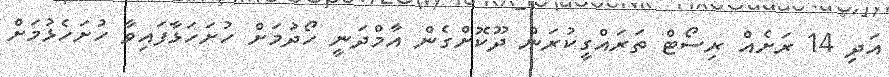
އަދި 14 ރަށެއް ރިސޯޓް ތަރައްގީކުރަން ދޫކޮށްގެން އާމްދަނީ ހޯދުމަށް ހުށަހަޅާފައިވާ ހުށަހެޅުމަށް